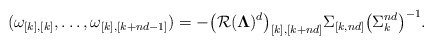
\begin{align*}(\omega_{[k],[k]},\dots,\omega_{[k],[k+nd-1]})=-\big(\mathcal R(\boldsymbol \Lambda)^d\big)_{[k],[k+nd]}\Sigma_{[k,nd]}\big(\Sigma_k^{nd}\big)^{-1}.\end{align*}